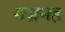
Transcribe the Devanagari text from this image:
गज़नह